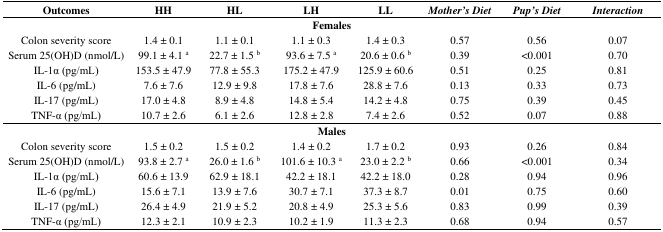
<table><thead><tr><td><b>Outcomes</b></td><td><b>HH</b></td><td><b>HL</b></td><td><b>LH</b></td><td><b>LL</b></td><td><b><i>Mother’s Diet</i></b></td><td><b><i>Pup’s Diet</i></b></td><td><b><i>Interaction</i></b></td></tr></thead><tbody><tr><td colspan="8"><b>Females</b></td></tr><tr><td>Colon severity score</td><td>1.4 ± 0.1</td><td>1.1 ± 0.1</td><td>1.1 ± 0.3</td><td>1.4 ± 0.3</td><td>0.57</td><td>0.56</td><td>0.07</td></tr><tr><td>Serum 25(OH)D (nmol/L)</td><td>99.1 ± 4.1 <sup>a</sup></td><td>22.7 ± 1.5 <sup>b</sup></td><td>93.6 ± 7.5 <sup>a</sup></td><td>20.6 ± 0.6 <sup>b</sup></td><td>0.39</td><td>&lt;0.001</td><td>0.70</td></tr><tr><td>IL-1α (pg/mL)</td><td>153.5 ± 47.9</td><td>77.8 ± 55.3</td><td>175.2 ± 47.9</td><td>125.9 ± 60.6</td><td>0.51</td><td>0.25</td><td>0.81</td></tr><tr><td>IL-6 (pg/mL)</td><td>7.6 ± 7.6</td><td>12.9 ± 9.8</td><td>17.8 ± 7.6</td><td>28.8 ± 7.6</td><td>0.13</td><td>0.33</td><td>0.73</td></tr><tr><td>IL-17 (pg/mL)</td><td>17.0 ± 4.8</td><td>8.9 ± 4.8</td><td>14.8 ± 5.4</td><td>14.2 ± 4.8</td><td>0.75</td><td>0.39</td><td>0.45</td></tr><tr><td>TNF-α (pg/mL)</td><td>10.7 ± 2.6</td><td>6.1 ± 2.6</td><td>12.8 ± 2.8</td><td>7.4 ± 2.6</td><td>0.52</td><td>0.07</td><td>0.88</td></tr><tr><td colspan="8"><b>Males</b></td></tr><tr><td>Colon severity score</td><td>1.5 ± 0.2</td><td>1.5 ± 0.2</td><td>1.4 ± 0.2</td><td>1.7 ± 0.2</td><td>0.93</td><td>0.26</td><td>0.84</td></tr><tr><td>Serum 25(OH)D (nmol/L)</td><td>93.8 ± 2.7 <sup>a</sup></td><td>26.0 ± 1.6 <sup>b</sup></td><td>101.6 ± 10.3 <sup>a</sup></td><td>23.0 ± 2.2 <sup>b</sup></td><td>0.66</td><td>&lt;0.001</td><td>0.34</td></tr><tr><td>IL-1α (pg/mL)</td><td>60.6 ± 13.9</td><td>62.9 ± 18.1</td><td>42.2 ± 18.1</td><td>42.2 ± 18.0</td><td>0.28</td><td>0.94</td><td>0.96</td></tr><tr><td>IL-6 (pg/mL)</td><td>15.6 ± 7.1</td><td>13.9 ± 7.6</td><td>30.7 ± 7.1</td><td>37.3 ± 8.7</td><td>0.01</td><td>0.75</td><td>0.60</td></tr><tr><td>IL-17 (pg/mL)</td><td>26.4 ± 4.9</td><td>21.9 ± 5.2</td><td>20.8 ± 4.9</td><td>25.3 ± 5.6</td><td>0.83</td><td>0.99</td><td>0.39</td></tr><tr><td>TNF-α (pg/mL)</td><td>12.3 ± 2.1</td><td>10.9 ± 2.3</td><td>10.2 ± 1.9</td><td>11.3 ± 2.3</td><td>0.68</td><td>0.94</td><td>0.57</td></tr></tbody></table>